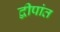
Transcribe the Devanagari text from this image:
द्वीपांत